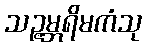
သဉ္ဇမ္ဘရိမကံသု